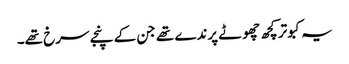
یہ کبوتر کچھ چھوٹے پرندے تھے جن کے پنجے سرخ تھے۔